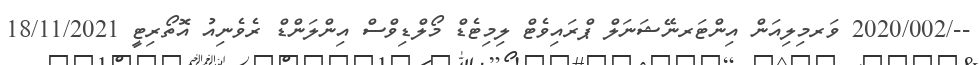
--/2020/002 ވަރމިލިއަން އިންޓަރނޭޝަނަލް ޕްރައިވެޓް ލިމިޓެޑް މޯލްޑިވްސް އިންލަންޑް ރެވެނިއު އޮތޯރިޓީ 18/11/2021